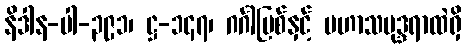
နိဒါန-ပါ-၃၉၁၊ ဋ္ဌ-၁၄၇၊ ဂင်္ဂါမြစ်နှင့် မဟာသမုဒ္ဒရာထဲရှိ